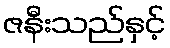
ဇနီးသည်နှင့်